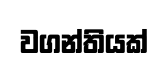
වගන්තියක්